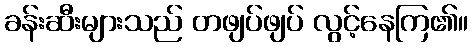
ခန်းဆီးများသည် တဖျပ်ဖျပ် လွင့်နေကြ၏။